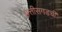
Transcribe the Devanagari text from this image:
छत्तीसगडची